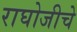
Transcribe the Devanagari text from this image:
राघोजीचे